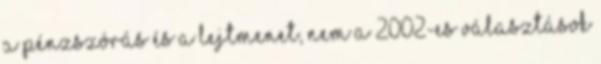
a pénzszórás és a lejtmenet, nem a 2002-es választások